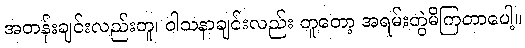
အတန်းချင်းလည်းတူ၊ ဝါသနာချင်းလည်း တူတော့ အရမ်းတွဲမိကြတာပေါ့။